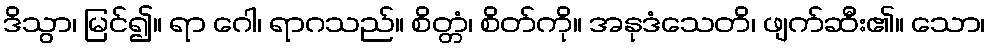
ဒိသွာ၊ မြင်၍။ ရာ ဂေါ၊ ရာဂသည်။ စိတ္တံ၊ စိတ်ကို။ အနုဒံသေတိ၊ ဖျက်ဆီး၏။ သော၊